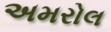
અમરોલ